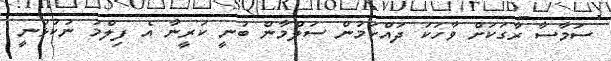
ސަމާސާ ރާގަކަށް ވާހަކަ ދައްކަމުން ސަލްމާން ބުނީ ކަރީނާ އެ ފިލްމު ނުކުޅުނީ